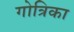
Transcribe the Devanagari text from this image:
गोत्रिका